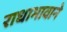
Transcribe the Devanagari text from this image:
राधाभावाने